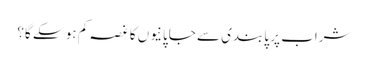
شراب پر پابندی سے جاپانیوں کا غصہ کم ہو سکے گا؟